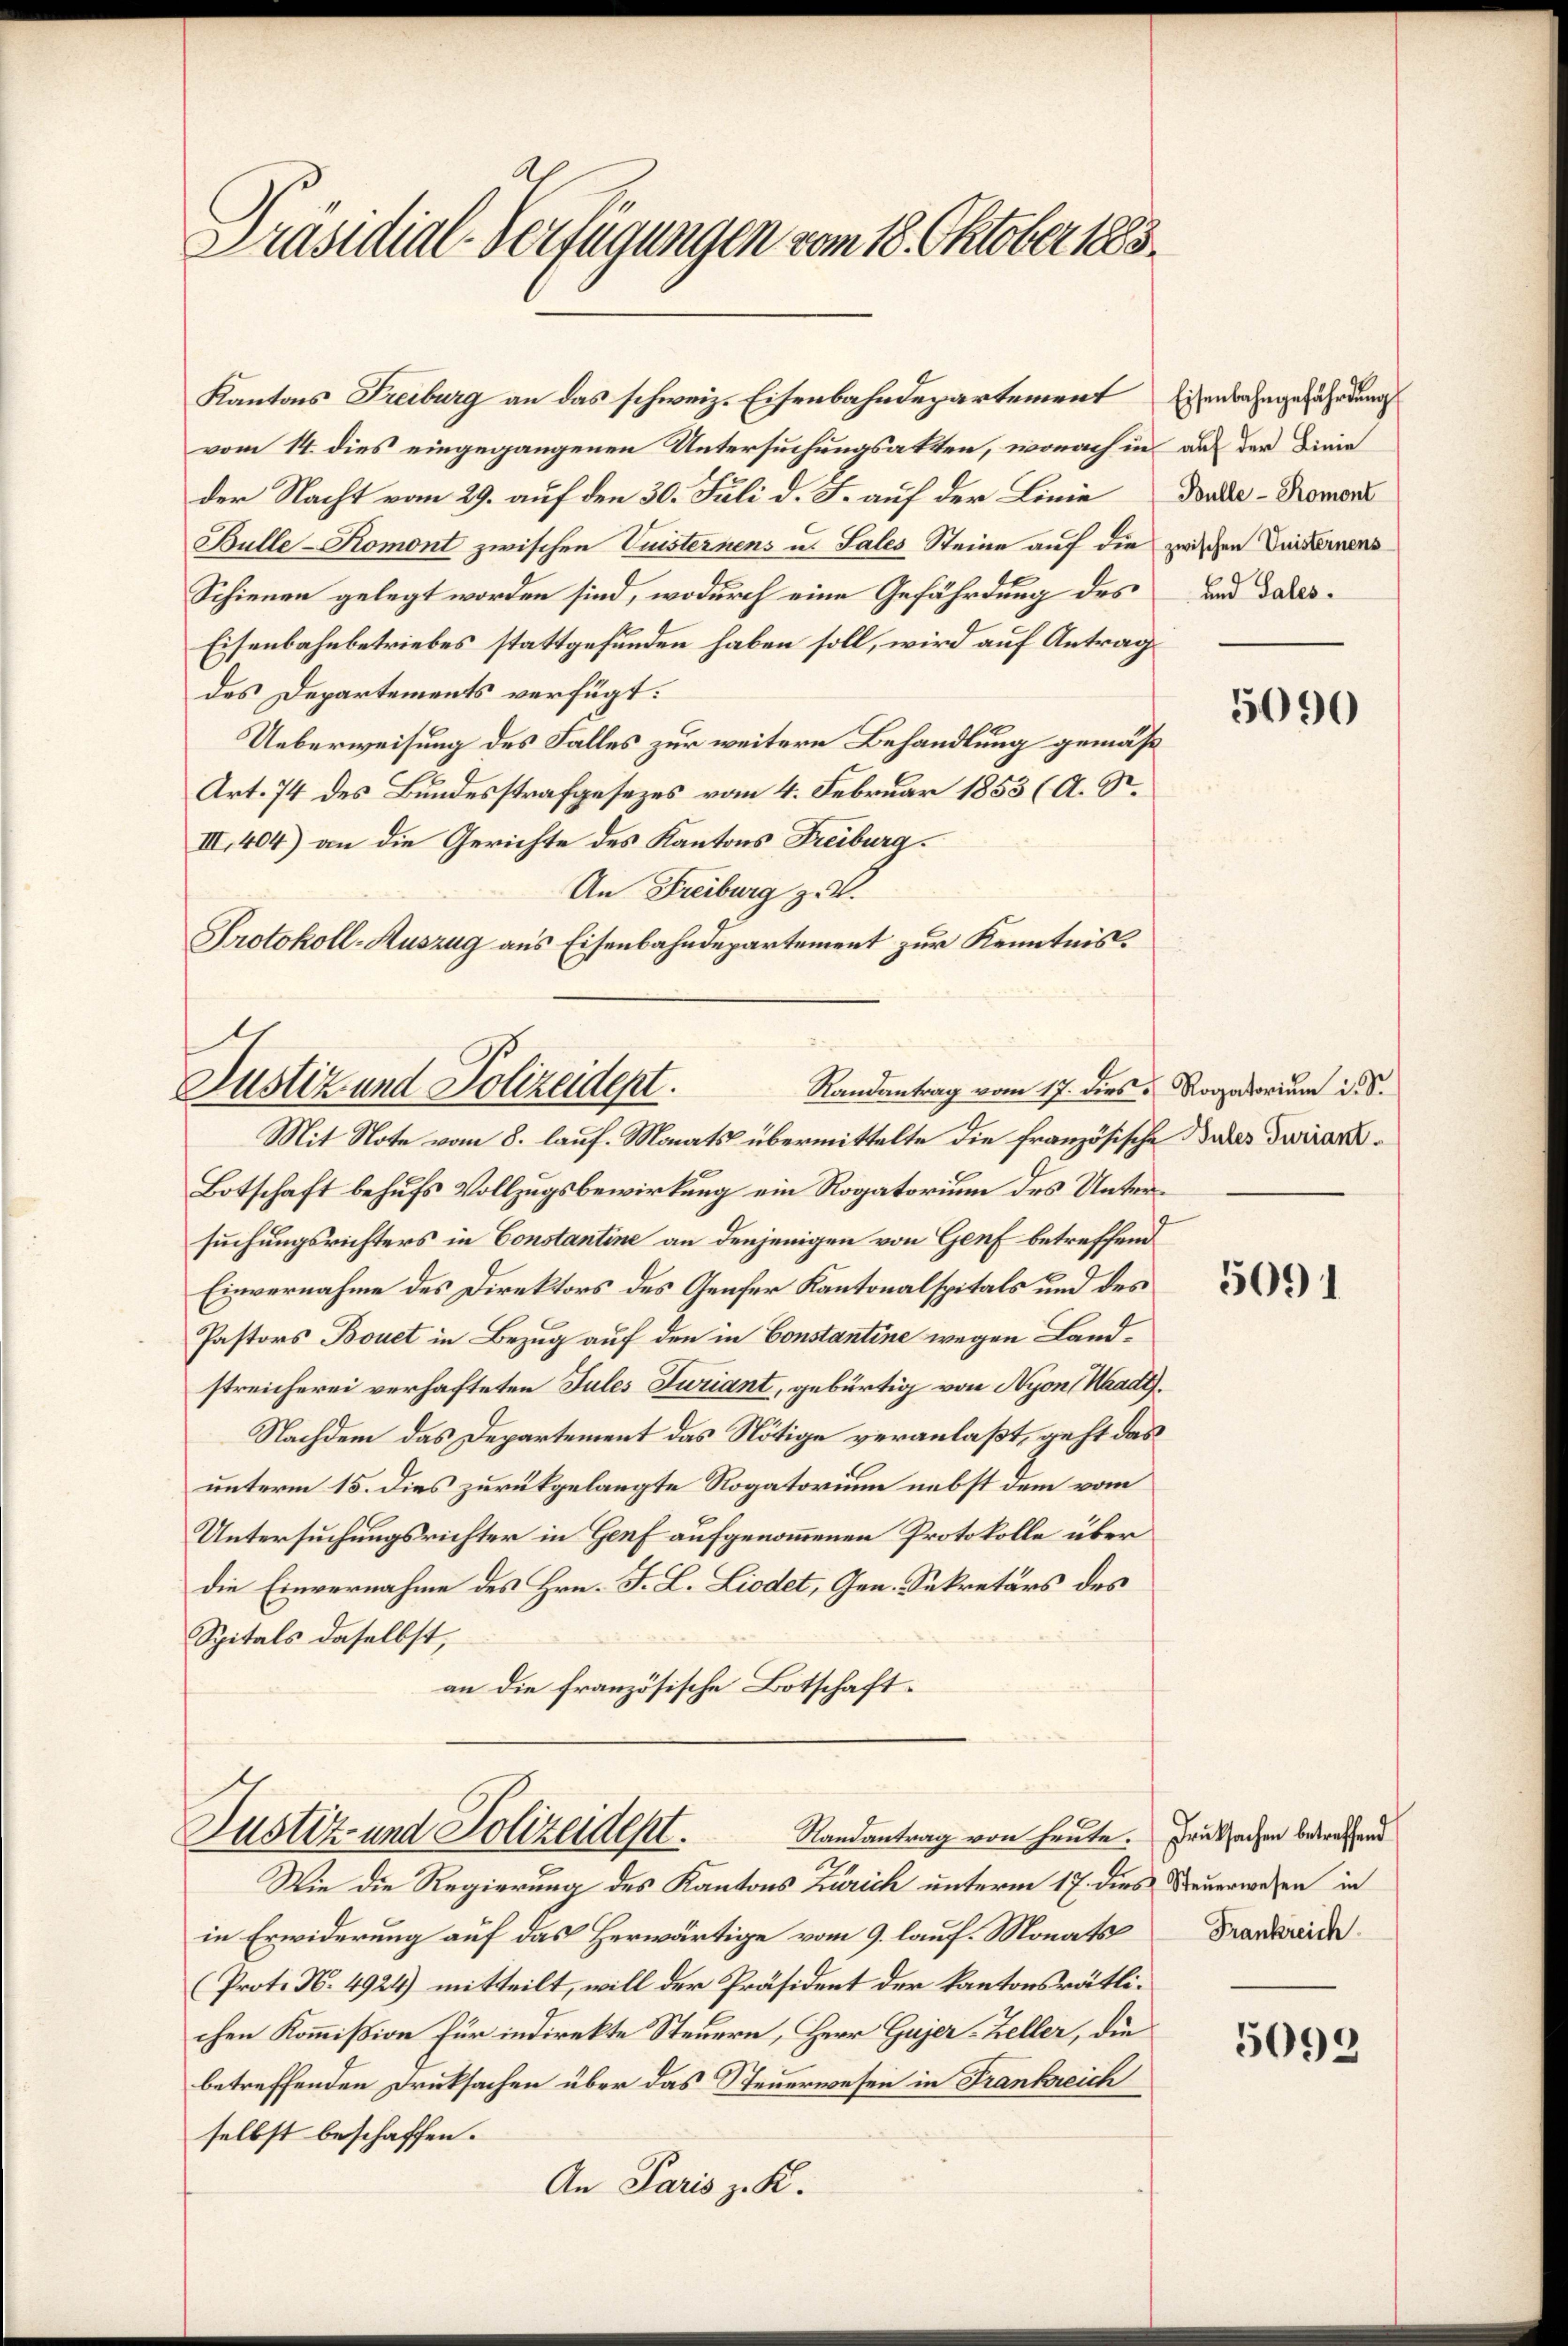
Präsidial-Verfügungen vom 18. Oktober 1883.

Kantons Freiburg an das schweiz. Eisenbahndepartement Eisenbahngefährdung
vom 14. dies eingegangenen Untersuchungsatten, wonach in aus der Dinie
der Nacht vom 29. auf den 30. Juli d. J. auf der Linie
Bulle-Komont zwischen Vuisternens u. Sales Steine auf die
Schienen gelegt worden sind, wodurch eine Gefährdung des
Eisenbahnbetriebes stattgefunden haben soll, wird auf Antrag
des Departements verfügt:
Ueberweisung des Falles zur weitere Behandlung gemäß
Art. 74 des Bundesstrafgesezes vom 4. Februar 1853 (A. R.
III. 404) an die Gerichte des Kantons Freiburg.
An Freiburg z. B.
Protokoll-Auszug aus Eisenbahndepartement zur Kenntnis.

Randantrag vom 17. dies u. Rogatorium i. S.
Justiz und Polizeident.

Randantrag von heute. Druksachen betreffend
Justiz- und Polizeident.

Mit Note vom 8. lauf. Monats übermittelte die französische Bades Turiar¬
Botschaft behufs Vollzugsbewirkung ein Rogatorium des Untersuchungsrichters in Constantine an denjenigen von Genf betreffend
Einvernahme des Direktors des Genfer Kantonalspitals und des
Pastors Bouet in Bezug auf den in Constantine wegen Landstreicherei verhafteten Jules Juriant, gebürtig von Nyon Waadt,
Nachdem das Departement das Nötige veranlaßt, geht das
unterm 15. dies zurückgelangte Rogatorium nebst dem vom
Untersuchungsrichter in Genf aufgenommenen Protokolle über
die Einvernahme des Hrn. F. L. Liedet, Gen. Sekretärs des
Spitals daselbst,
an die französische Botschaft

Wie die Regierung des Kantons Zürich unterm 17. dies Deuerwesen in
in Erwiderung auf das Herwärtige vom 9. lauf. Monats Frankreic
(Prot. N. 4924) mitteilt, will der Präsident der kantonsrätlichen Kommißion für indirekte Steuern, Herr Gujer-Zeller, die
betreffenden Drucksachen über das Steuerwesen in Frankreich
selbst beschaffen.
An Paris z. K.

Bulle - Romont
zwischen Vuisternens
und Sales.

5090

5091

5099